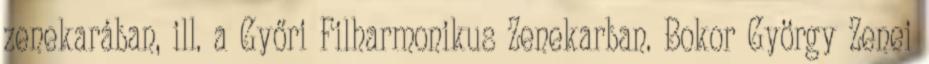
zenekarában, ill. a Győri Filharmonikus Zenekarban. Bokor György Zenei